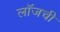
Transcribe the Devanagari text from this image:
लॉजची